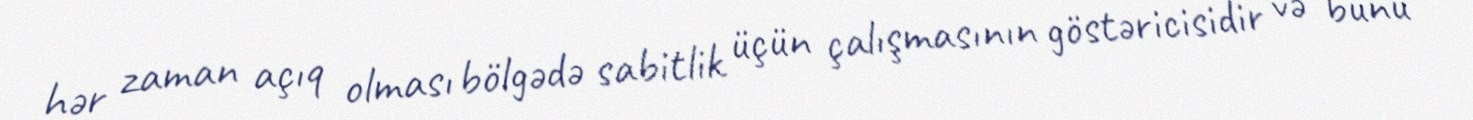
hər zaman açıq olması bölgədə sabitlik üçün çalışmasının göstəricisidir və bunu